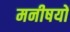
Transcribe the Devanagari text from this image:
मनीषयों